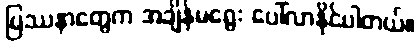
ပြဿနာတွေက အချိန်မရွေး ပေါ်လာနိုင်ပါတယ်။